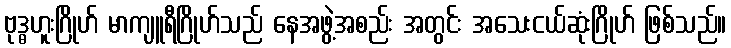
ဗုဒ္ဓဟူးဂြိုဟ် မာကျူရီဂြိုဟ်သည် နေအဖွဲ့အစည်း အတွင်း အသေးငယ်ဆုံးဂြိုဟ် ဖြစ်သည်။